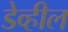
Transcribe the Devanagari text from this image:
डेव्हील